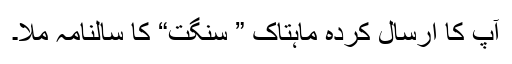
آپ کا ارسال کردہ ماہتاک ” سنگت“ کا سالنامہ ملا۔